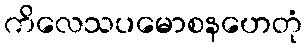
ကိလေသပမောစနဟေတုံ